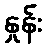
နှုန်း